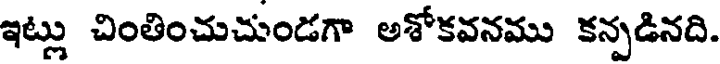
ఇట్లు చింతించుచుండగా అశోకవనము కన్పడినది.